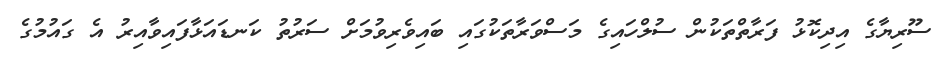
ސޫރިޔާގެ އިދިކޮޅު ފަރާތްތަކުން ސުލްހައިގެ މަސްވަރާތަކުގައި ބައިވެރިވުމަށް ސަރުތު ކަނޑައަޅާފައިވާއިރު އެ ގައުމުގެ